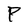
Character: P